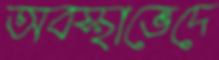
অবস্থাভেদে